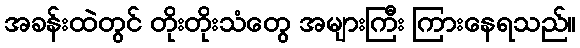
အခန်းထဲတွင် တိုးတိုးသံတွေ အများကြီး ကြားနေရသည်။